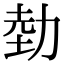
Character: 勎